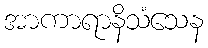
အာကာရာနိသံသေန